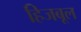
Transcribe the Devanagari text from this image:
हिजबूल